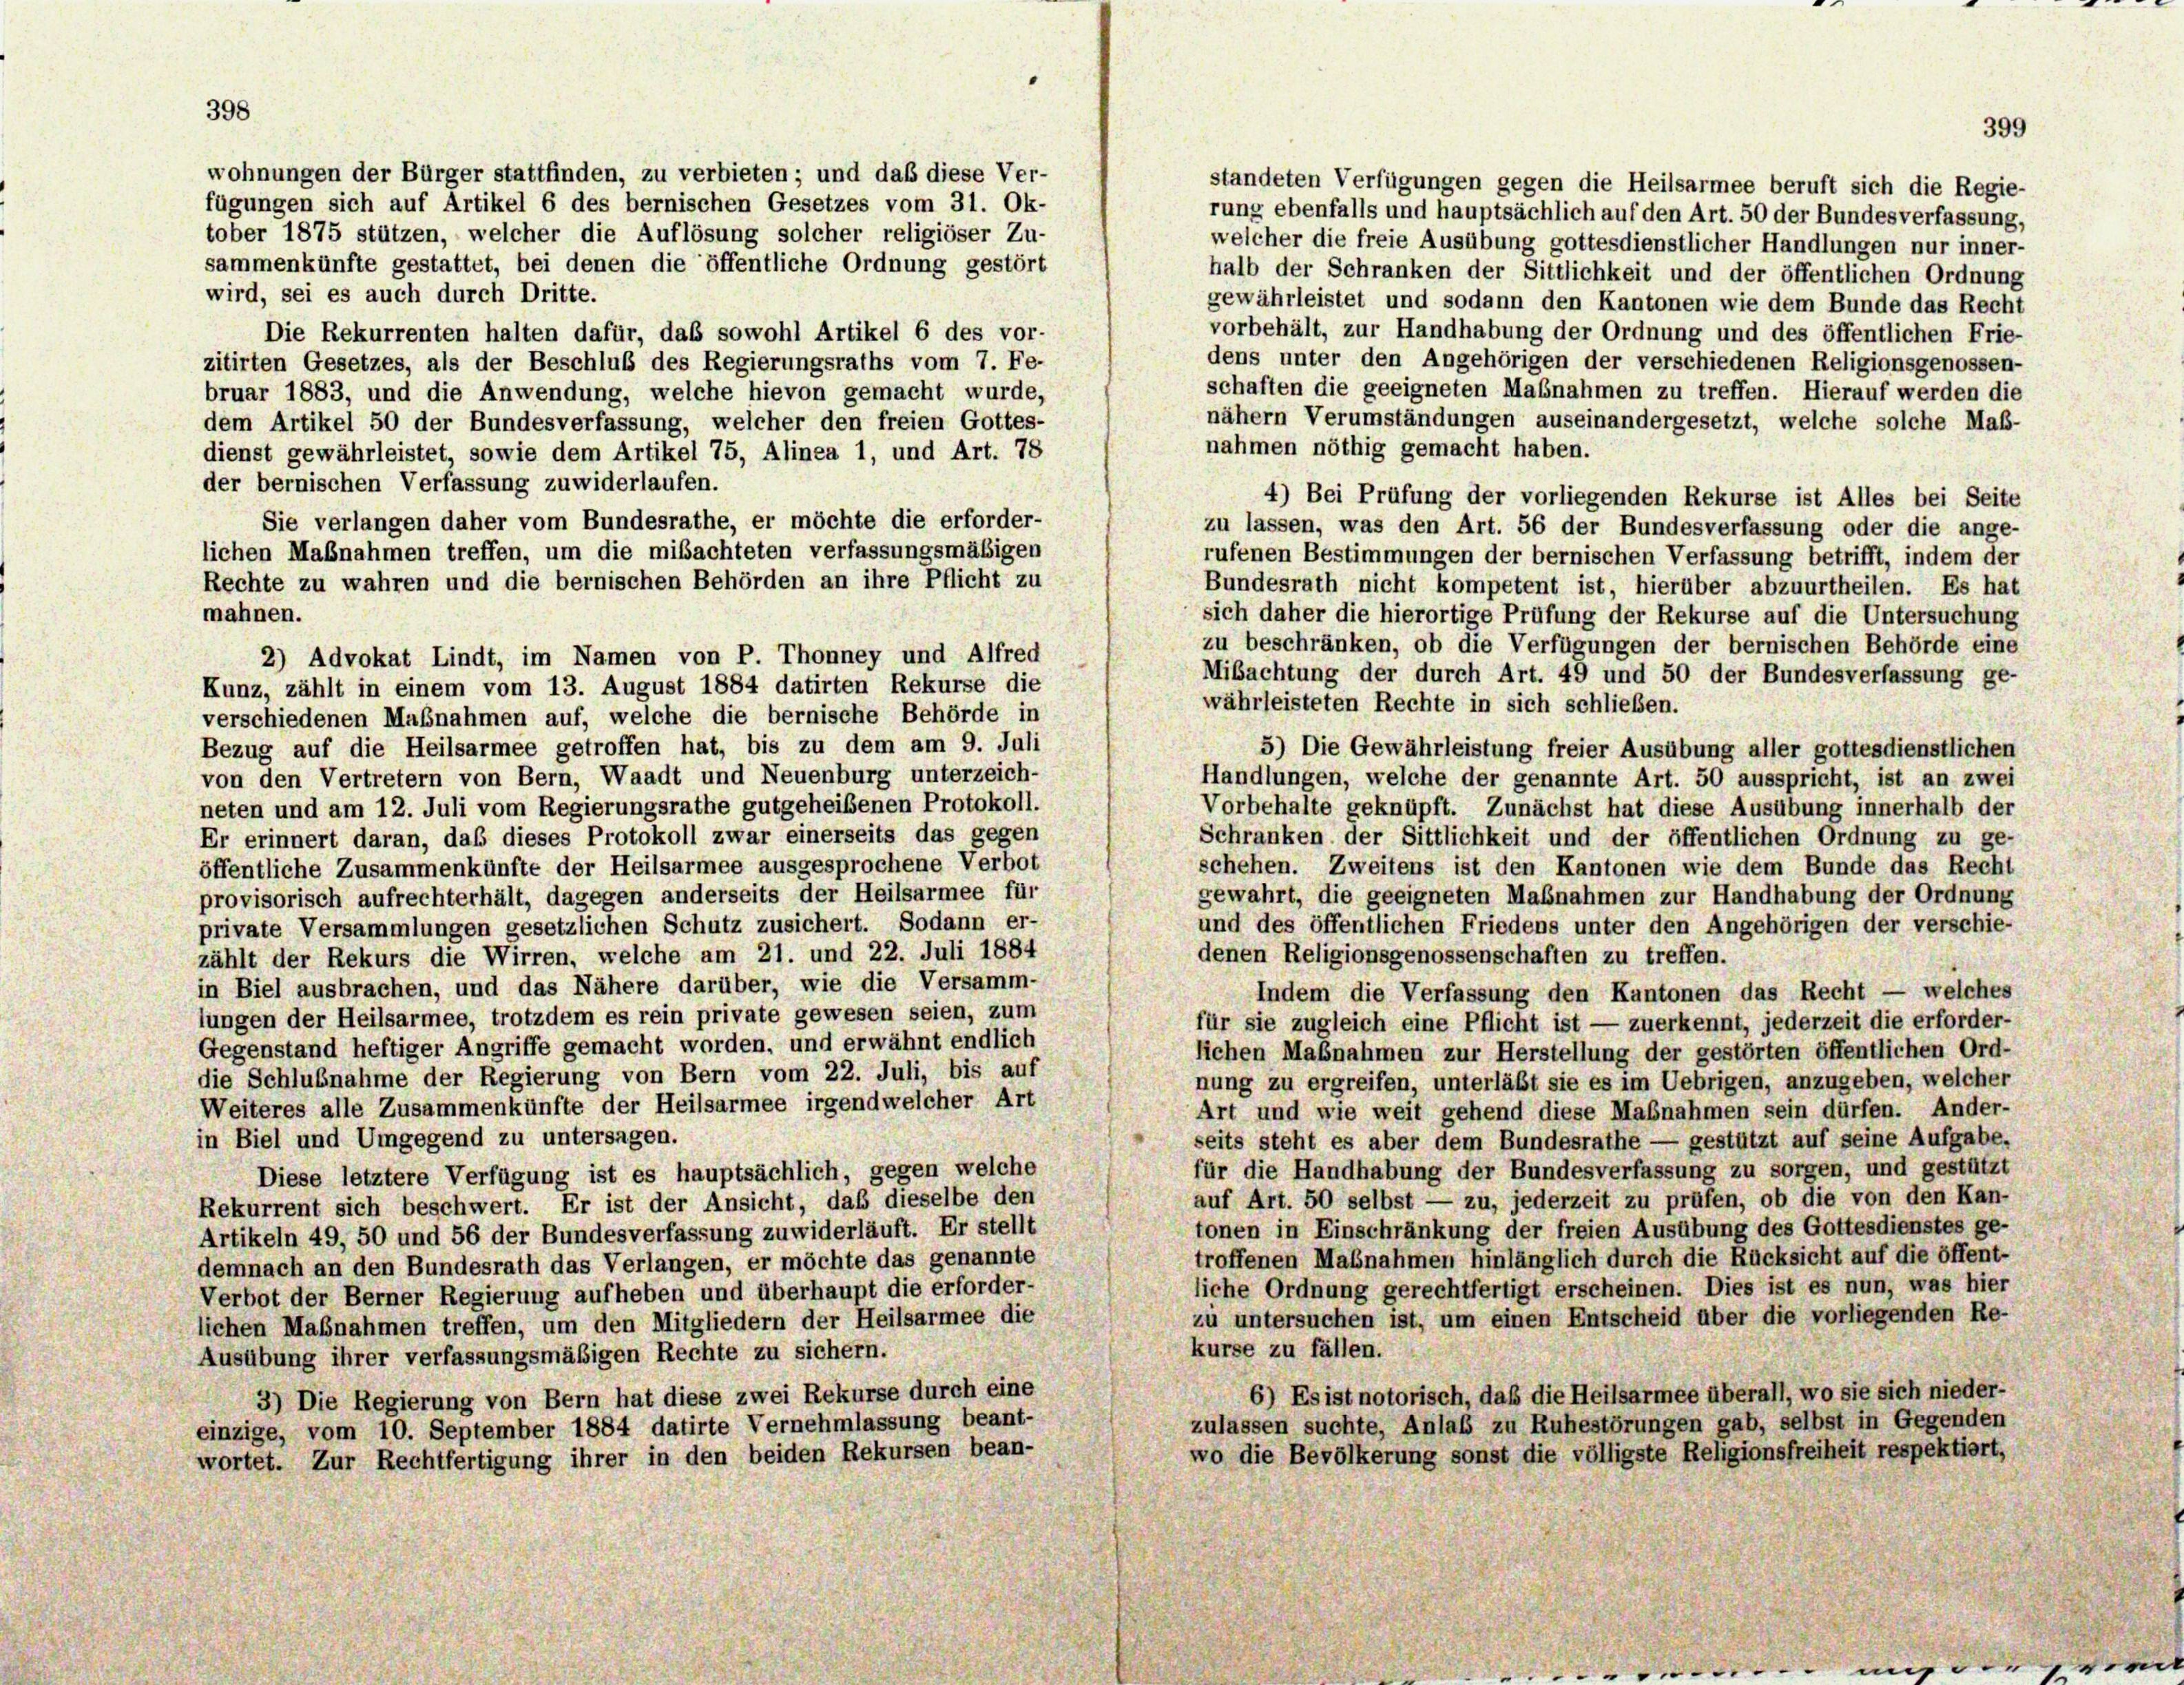
standeten Verfügungen gegen die Heilsarmee beruft sich die Regie-
rung ebenfalls und hauptsächlich auf den Art. 50 der Bundesverfassung,
tober 1875 stützen, welcher die Auflösung solcher religiöser Zu-
welcher die freie Ausübung gottesdienstlicher Handlungen nur inner-
sammenkünfte gestattet, bei denen die öffentliche Ordnung gestört
halb der Schranken der Sittlichkeit und der öffentlichen Ordnung
wird, sei es auch durch Dritte.
gewährleistet und sodann den Kantonen wie dem Bunde das Recht
vorbehält, zur Handhabung der Ordnung und des öffentlichen Frie-
Die Rekurrenten halten dafür, daß sowohl Artikel 6 des vor-
dens unter den Angehörigen der verschiedenen Religionsgenossen-
zitirten Gesetzes, als der Beschluß des Regierungsraths vom 7. Fe-
schaften die geeigneten Maßnahmen zu treffen. Hierauf werden die
bruar 1883, und die Anwendung, welche hievon gemacht wurde,
nähern Verumständungen auseinandergesetzt, welche solche Maß-
dem Artikel 50 der Bundesverfassung, welcher den freien Gottes-
nahmen nöthig gemacht haben.
dienst gewährleistet, sowie dem Artikel 75, Alinea 1, und Art. 78
der bernischen Verfassung zuwiderlaufen.
4) Bei Prüfung der vorliegenden Rekurse ist Alles bei Seite
Sie verlangen daher vom Bundesrathe, er möchte die erforder-
zu lassen, was den Art. 56 der Bundesverfassung oder die ange-
lichen Maßnahmen treffen, um die mibachteten verfassungsmäßigen
rufenen Bestimmungen der bernischen Verfassung betrifft, indem der
Rechte zu wahren und die bernischen Behörden an ihre Pflicht zu
Bundesrath nicht kompetent ist, hierüber abzuurtheilen. Es hat
mahnen.
sich daher die hierortige Prüfung der Rekurse auf die Untersuchung
zu beschränken, ob die Verfügungen der bernischen Behörde eine
2) Advokat Lindt, im Namen von P. Thonney und Alfred
Mibachtung der durch Art. 49 und 50 der Bundesverfassung ge-
Kunz, zählt in einem vom 13. August 1884 datirten Rekurse die
währleisteten Rechte in sich schließen.
verschiedenen Maßnahmen auf, welche die bernische Behörde in
Bezug auf die Heilsarmee getroffen hat, bis zu dem am 9. Juli
5) Die Gewährleistung freier Ausübung aller gottesdienstlichen
von den Vertretern von Bern, Waadt und Neuenburg unterzeich-
Handlungen, welche der genannte Art. 50 ausspricht, ist an zwei
Vorbehalte geknüpft. Zunächst hat diese Ausübung innerhalb der
neten und am 12. Juli vom Regierungsrathe gutgeheißenen Protokoll.
Er erinnert daran, daß dieses Protokoll zwar einerseits das gegen
Schranken der Sittlichkeit und der öffentlichen Ordnung zu ge-
schehen. Zweitens ist den Kantonen wie dem Bunde das Recht
öffentliche Zusammenkünfte der Heilsarmee ausgesprochene Verbot
gewahrt, die geeigneten Maßnahmen zur Handhabung der Ordnung
provisorisch aufrechterhält, dagegen anderseits der Heilsarmee für
und des öffentlichen Friedens unter den Angehörigen der verschie-
private Versammlungen gesetzlichen Schutz zusichert. Sodann er-
denen Religionsgenossenschaften zu treffen.
zählt der Rekurs die Wirren, welche am 21. und 22. Juli 1884
in Biel ausbrachen, und das Nähere darüber, wie die Versamm-
Indem die Verfassung den Kantonen das Recht — welches
lungen der Heilsarmee, trotzdem es rein private gewesen seien, zum
für sie zugleich eine Pflicht ist — zuerkennt, jederzeit die erforder-
Gegenstand heftiger Angriffe gemacht worden, und erwähnt endlich
fichen Maßnahmen zur Herstellung der gestörten öffentlichen Ord-
die Schlußnahme der Regierung von Bern vom 22. Juli, bis auf
nung zu ergreifen, unterläßt sie es im Uebrigen, anzugeben, welcher
Weiteres alle Zusammenkünfte der Heilsarmee irgendwelcher Art
Art und wie weit gehend diese Maßnahmen sein dürfen. Ander-
in Biel und Umgegend zu untersagen.
seits steht es aber dem Bundesrathe — gestützt auf seine Aufgabe.
für die Handhabung der Bundesverfassung zu sorgen, und gestützt
Diese letztere Verfügung ist es hauptsächlich, gegen welche
auf Art. 50 selbst — zu, jederzeit zu prüfen, ob die von den Kan-
Rekurrent sich beschwert. Er ist der Ansicht, daß dieselbe den
tonen in Einschränkung der freien Ausübung des Gottesdienstes ge-
Artikeln 49, 50 und 56 der Bundesverfassung zuwiderläuft. Er stellt
troffenen Maßnahmen hinlänglich durch die Rücksicht auf die öffent-
demnach an den Bundesrath das Verlangen, er möchte das genannte
liche Ordnung gerechtfertigt erscheinen. Dies ist es nun, was hier
Verbot der Berner Regierung aufheben und überhaupt die erforder-
zu untersuchen ist, um einen Entscheid über die vorliegenden Re-
lichen Maßnahmen treffen, um den Mitgliedern der Heilsarmee die
kurse zu fällen.
Ausübung ihrer verfassungsmäßigen Rechte zu sichern.
6) Es ist notorisch, daß die Heilsarmee überall, wo sie sich nieder-
3) Die Regierung von Bern hat diese zwei Rekurse durch eine
zulassen suchte, Anlaß zu Ruhestörungen gab, selbst in Gegenden
einzige, vom 10. September 1884 datirte Vernehmlassung beant-
wo die Bevölkerung sonst die völligste Religionsfreiheit respektiert,
wortet. Zur Rechtfertigung ihrer in den beiden Rekursen bean-

wohnungen der Bürger stattfinden, zu verbieten; und daß diese Ver-
fügungen sich auf Artikel 6 des bernischen Gesetzes vom 31. Ok-

399